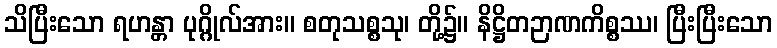
သိပြီးသော ရဟန္တာ ပုဂ္ဂိုလ်အား။ စတုသစ္စသု၊ တို့၌။ နိဋ္ဌိတဉာဏကိစ္စဿ၊ ပြီးပြီးသော